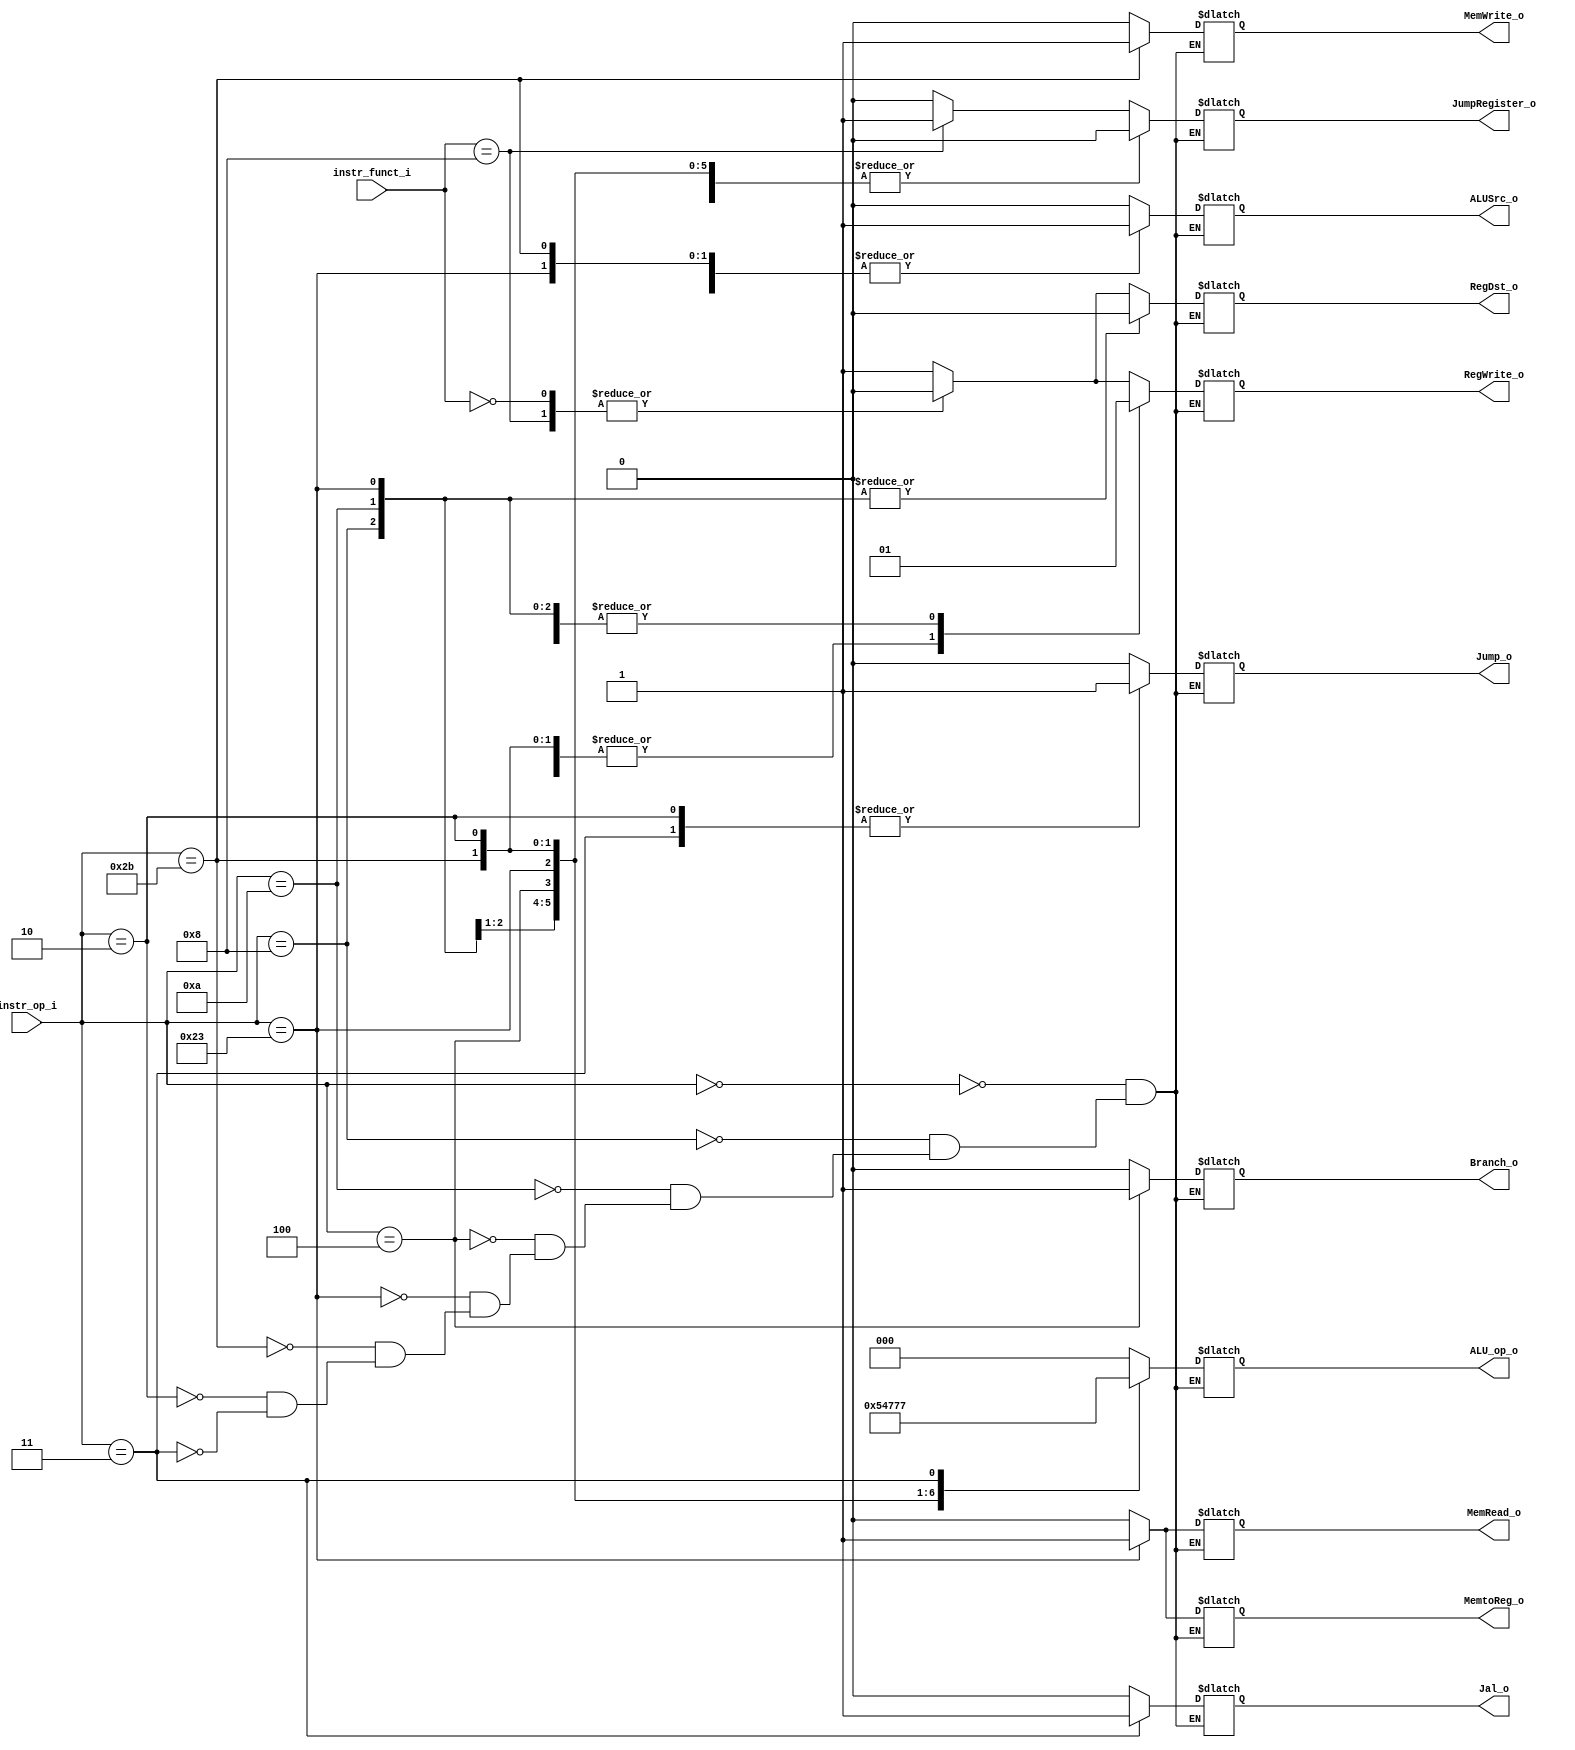
//Subject:     CO project 2 - Decoder
//--------------------------------------------------------------------------------
//Version:     1
//--------------------------------------------------------------------------------
//Writer:      Luke
//----------------------------------------------
//----------------------------------------------
//Description: 
//--------------------------------------------------------------------------------

module Decoder(
    instr_op_i,
    instr_funct_i,
    RegWrite_o,
    ALU_op_o,
    ALUSrc_o,
    RegDst_o,
    Branch_o,
    Jump_o,
    MemRead_o,
    MemWrite_o,
    MemtoReg_o,
    Jal_o,
    JumpRegister_o
    );
     
//I/O ports
input  [6-1:0] instr_op_i;
input  [6-1:0] instr_funct_i;

output         RegWrite_o;
output [3-1:0] ALU_op_o;
output         ALUSrc_o;
output         RegDst_o;
output         Branch_o;
output         Jump_o;
output		   MemRead_o;
output         MemWrite_o;
output		   MemtoReg_o;
output         Jal_o;
output         JumpRegister_o;

//Internal Signals
reg    [3-1:0] ALU_op_o;
reg            ALUSrc_o;
reg            RegWrite_o;
reg            RegDst_o;
reg            Branch_o;
reg            Jump_o;
reg            MemRead_o;
reg            MemWrite_o;
reg            MemtoReg_o;
reg            Jal_o;
reg            JumpRegister_o;

//Parameter

//Main function
always @(*) begin
	case (instr_op_i)
	6'b000000:	begin case(instr_funct_i)
                    6'b001000: begin
                      RegWrite_o <= 1'b0; ALU_op_o <= 3'b000; ALUSrc_o <= 0; RegDst_o <= 1'b0; Branch_o <= 1'b0; end//jr
                    6'b000000: begin
                      RegWrite_o <= 1'b0; ALU_op_o <= 3'b000; ALUSrc_o <= 0; RegDst_o <= 1'b0; Branch_o <= 1'b0; end//nop
                    default: begin   
                      RegWrite_o <= 1'b1; ALU_op_o <= 3'b000; ALUSrc_o <= 0; RegDst_o <= 1'b1; Branch_o <= 1'b0; end//R-format
                endcase end
	6'b001000:	begin RegWrite_o <= 1'b1; ALU_op_o <= 3'b001; ALUSrc_o <= 1; RegDst_o <= 1'b0; Branch_o <= 1'b0; end//addi
	6'b001010:	begin RegWrite_o <= 1'b1; ALU_op_o <= 3'b010; ALUSrc_o <= 1; RegDst_o <= 1'b0; Branch_o <= 1'b0; end//slti
	6'b000100:	begin RegWrite_o <= 1'b0; ALU_op_o <= 3'b100; ALUSrc_o <= 0; RegDst_o <= 1'bx; Branch_o <= 1'b1; end//beq

	6'b100011:  begin RegWrite_o <= 1'b1; ALU_op_o <= 3'b011; ALUSrc_o <= 1; RegDst_o <= 1'b0; Branch_o <= 1'b0; end//lw
    6'b101011:  begin RegWrite_o <= 1'b0; ALU_op_o <= 3'b101; ALUSrc_o <= 1; RegDst_o <= 1'bx; Branch_o <= 1'b0; end//sw
    6'b000010:  begin RegWrite_o <= 1'b0; ALU_op_o <= 3'b110; ALUSrc_o <= 0; RegDst_o <= 1'bx; Branch_o <= 1'b0; end//jump
    6'b000011:  begin RegWrite_o <= 1'b1; ALU_op_o <= 3'b111; ALUSrc_o <= 0; RegDst_o <= 1'bx; Branch_o <= 1'b0; end//jal
	endcase
end

always @(*) begin
	case (instr_op_i)
	6'b000000:	begin 
                case(instr_funct_i)
                    6'b001000: begin
                      Jump_o <= 1'b0; MemRead_o <= 1'b0; MemWrite_o <= 1'b0; MemtoReg_o = 1'b0; Jal_o <= 1'b0; JumpRegister_o <= 1'b1;end//jr
                    default: begin
                      Jump_o <= 1'b0; MemRead_o <= 1'b0; MemWrite_o <= 1'b0; MemtoReg_o = 1'b0; Jal_o <= 1'b0; JumpRegister_o <= 1'b0;end//R-fromat
                endcase end
	6'b001000:	begin Jump_o <= 1'b0; MemRead_o <= 1'b0; MemWrite_o <= 1'b0; MemtoReg_o = 1'b0; Jal_o <= 1'b0; JumpRegister_o <= 1'b0;end//addi
	6'b001010:	begin Jump_o <= 1'b0; MemRead_o <= 1'b0; MemWrite_o <= 1'b0; MemtoReg_o = 1'b0; Jal_o <= 1'b0; JumpRegister_o <= 1'b0;end//slti
	6'b000100:	begin Jump_o <= 1'b0; MemRead_o <= 1'b0; MemWrite_o <= 1'b0; MemtoReg_o = 1'bx; Jal_o <= 1'b0; JumpRegister_o <= 1'b0;end//beq

	6'b100011:  begin Jump_o <= 1'b0; MemRead_o <= 1'b1; MemWrite_o <= 1'b0; MemtoReg_o = 1'b1; Jal_o <= 1'b0; JumpRegister_o <= 1'b0;end//lw
    6'b101011:  begin Jump_o <= 1'b0; MemRead_o <= 1'b0; MemWrite_o <= 1'b1; MemtoReg_o = 1'bx; Jal_o <= 1'b0; JumpRegister_o <= 1'b0;end//sw
    6'b000010:  begin Jump_o <= 1'b1; MemRead_o <= 1'b0; MemWrite_o <= 1'b0; MemtoReg_o = 1'bx; Jal_o <= 1'b0; JumpRegister_o <= 1'b0;end//jump
    6'b000011:  begin Jump_o <= 1'b1; MemRead_o <= 1'b0; MemWrite_o <= 1'b0; MemtoReg_o = 1'b0; Jal_o <= 1'b1; JumpRegister_o <= 1'b0;end//jal
	endcase
end


endmodule